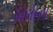
વિલીના